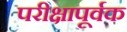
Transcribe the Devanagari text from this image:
परीक्षापूर्वक